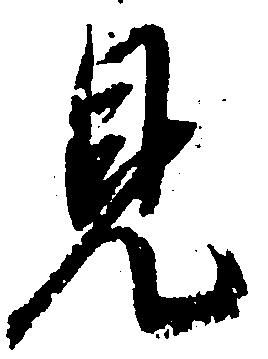
見